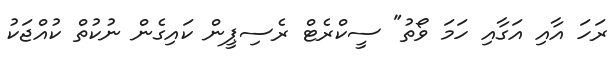
ރަހަ އާއި އަގާއި ހަމަ ވޯތު" ސީކްރެޓް ރެސިޕީން ކައިގެން ނުކުތް ކުއްޖަކު